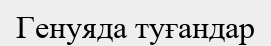
Генуяда туғандар